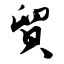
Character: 贸